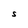
Character: S